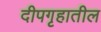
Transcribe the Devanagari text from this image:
दीपगृहातील